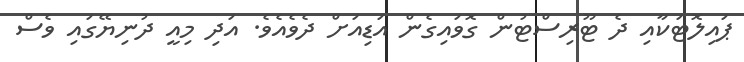
ޕައިލޮޓަކާއި ދެ ޓޫރިސްޓުން ގޮވައިގެން އަޑިއަށް ދެވެއެވެ. އަދި މިއީ ދުނިޔޭގައި ވެސް